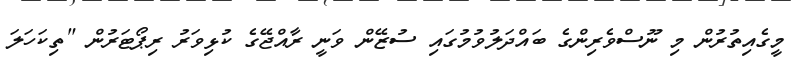
މީގެއިތުރުން މި ނޫސްވެރިންގެ ބައްދަލުވުމުގައި ސުޒޭން ވަނީ ރާއްޖޭގެ ކުޅިވަރު ރިޕޯޓަރުން "ތިކަހަލަ